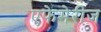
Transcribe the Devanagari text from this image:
एफेमेरीज